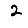
Digit: 2